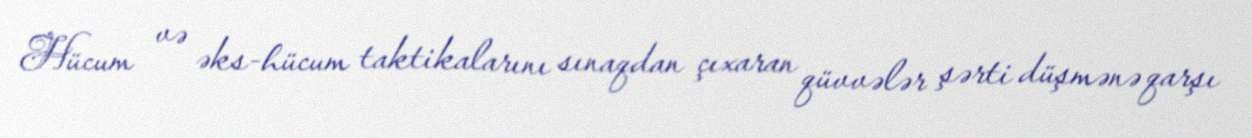
Hücum və əks-hücum taktikalarını sınaqdan çıxaran qüvvələr şərti düşmənə qarşı